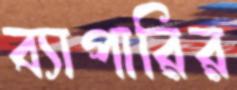
ব্যাপারির